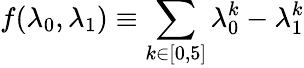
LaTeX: f(\lambda_{0},\lambda_{1})\equiv\sum_{k\in[0,5]}\lambda_{0}^{k}-\lambda_{1}^{k}